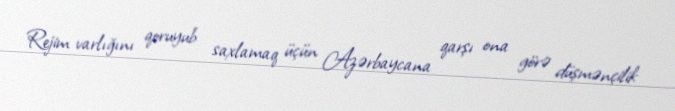
Rejim varlığını qoruyub saxlamaq üçün Azərbaycana qarşı ona görə düşmənçilik